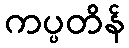
ကပ္ပတိန်